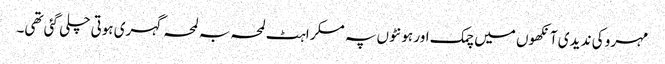
مہرو کی ند یدی آنکھوں میں چمک اور ہونٹوں پہ مسکراہٹ لمحہ بہ لمحہ گہری ہوتی چلی گئی تھی۔